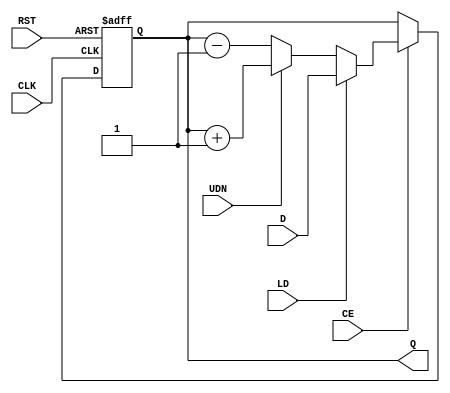
module ud_counter(
	input [3:0] D,
	input LD, UDN, CE, RST, CLK,
	output reg [3:0] Q);
	always@ (posedge CLK, posedge RST) begin
		if (RST) Q <= 4'b0000;
		else if (!CE) Q <= Q;
		else if (LD) Q <= D;
		else if (!UDN) Q <= Q-4'b0001;
		else Q <= Q+1;
	end
endmodule